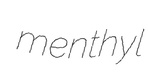
menthyl